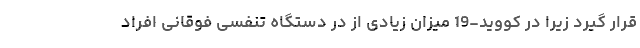
قرار گیرد زیرا در کووید-19 میزان زیادی از در دستگاه تنفسی فوقانی افراد